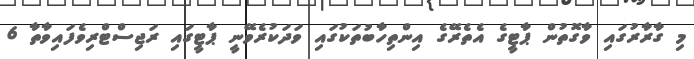
މި ގާރާރުގައި ވާގޮތުން ޕާޓީގެ އެތެރޭގެ އިންތިހާބުތަކުގައި ވަދަކުރެވޭނީ ޕާޓީގައި ރަޖިސްޓްރިވެފައިވާތާ 6